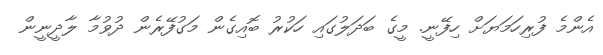
އެންމެ ފުރިހަމަޔަށް ހިފޭނީ. މީގެ ބަދަލުގައި ހަކުރު ބޮއިގެން މަގުފޭރެން ދުވުމާ ލާދީނީން